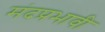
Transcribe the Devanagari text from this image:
मंदप्रभावी